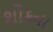
શોકના